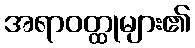
အရာဝတ္ထုများ၏